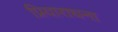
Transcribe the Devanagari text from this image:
प्रियाराधना